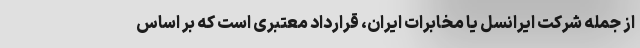
از جمله شرکت ایرانسل یا مخابرات ایران، قرارداد معتبری است که بر اساس